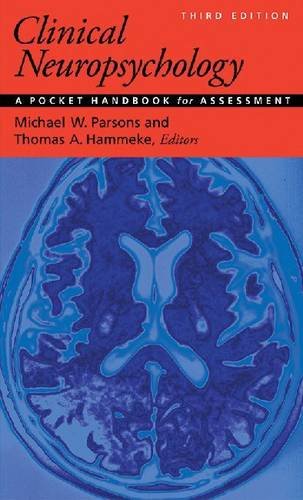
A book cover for Clinical Neuropsychology: A Pocket Handbook for Assessment; Michael W. Parsons and Thomas E. Hammeke; Medical Books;